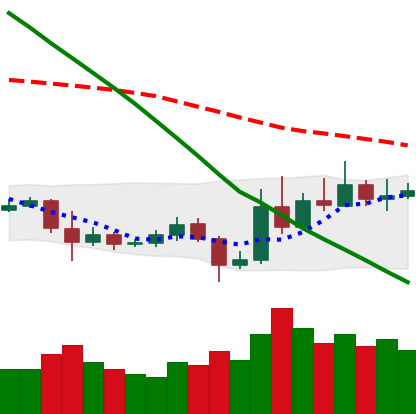
Ticker: ETC-USD
Chart end date: 2019-11-01
Forward return: 4.101%
Label: up_3_5